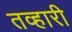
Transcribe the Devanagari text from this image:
तव्हारी